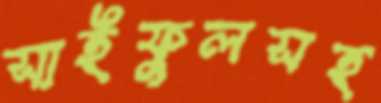
সাইফুলসহ